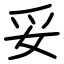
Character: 妥